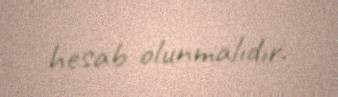
hesab olunmalıdır.